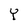
Character: Y